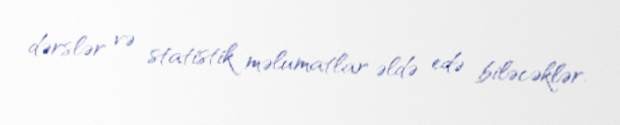
dərslər və statistik məlumatlar əldə edə biləcəklər.